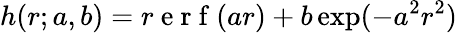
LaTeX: h(r;a,b)=r\mathrm{~e~r~f~}(ar)+b\exp(-a^{2}r^{2})